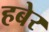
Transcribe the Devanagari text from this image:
हबेर